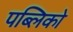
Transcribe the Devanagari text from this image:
पब्लिको